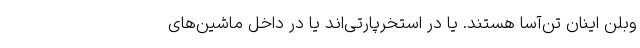
وبلن اینان تن‌آسا هستند. یا در استخرپارتی‌اند یا در داخل ماشین‌های